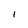
Character: I